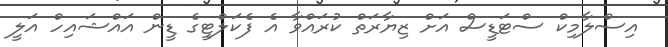
އިސްލާމިކް ސްޓަޑީސް އަށް ޒިޔާރަތް ކުރައްވާ އެ ފެކަލްޓީގެ ޑީން އައްޝައިހް އަލީ